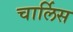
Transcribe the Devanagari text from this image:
चार्लिस